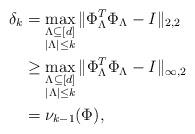
LaTeX: \begin{align*}\delta_k &= \max_{\substack{\Lambda\subseteq[d] \\ |\Lambda| \le k}} \| \Phi_\Lambda^T \Phi_\Lambda - I \|_{2, 2} \\&\ge \max_{\substack{\Lambda\subseteq[d] \\ |\Lambda| \le k}} \| \Phi_\Lambda^T \Phi_\Lambda - I \|_{\infty, 2} \\&= \nu_{k-1}(\Phi),\end{align*}